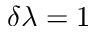
\delta \lambda = 1